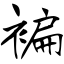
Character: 褊